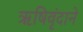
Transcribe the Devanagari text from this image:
ऋषिवृंदाने